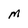
Character: M